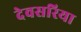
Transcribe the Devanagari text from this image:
देवसरिया